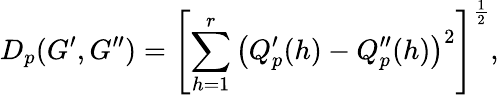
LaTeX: D_{p}(G^{\prime},G^{\prime\prime})=\left[\sum_{h=1}^{r}\left(Q_{p}^{\prime}(h)-Q_{p}^{\prime\prime}(h)\right)^{2}\right]^{\frac{1}{2}},